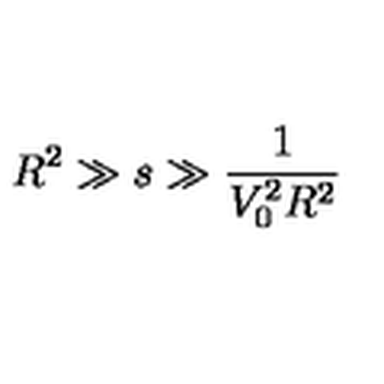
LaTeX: R ^ { 2 } \gg s \gg \frac { 1 } { V _ { 0 } ^ { 2 } R ^ { 2 } }